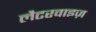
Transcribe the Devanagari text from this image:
लैटरवाइज़